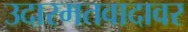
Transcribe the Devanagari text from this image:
उदारमतवादावर